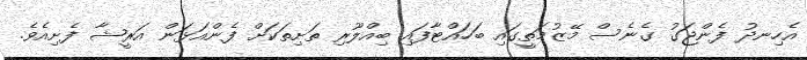
އެހިނދު ފެންޖަގު ގެނެސް މޭޒުމަތީގައި ބަހައްޓާފައި ބިއްލޫރި ތަށިތަކަށް ފެންއަޅަން އަރީޝާ ފެށިއެވެ.